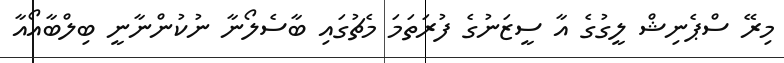
މިރޭ ސްޕެނިޝް ލީގުގެ އާ ސީޒަނުގެ ފުރަތަމަ މެޗުގައި ބާސެލޯނާ ނުކުންނާނީ ބިލްބާއޯއާ